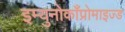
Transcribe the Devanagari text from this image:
इम्युनोकाँप्रोमाइज्ड